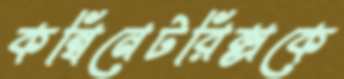
কম্বিনেটরিক্সকে